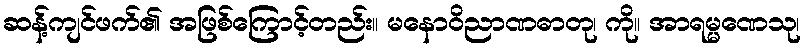
ဆန့်ကျင်ဖက်၏ အဖြစ်ကြောင့်တည်း။ မနောဝိညာဏဓာတု၊ ကို။ အာရမ္မဏေသု၊